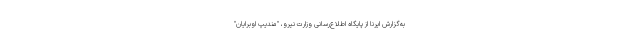
به‌گزارش ایرنا از پایگاه اطلاع‌رسانی وزارت نیرو، "مندیپ اوبرایان"